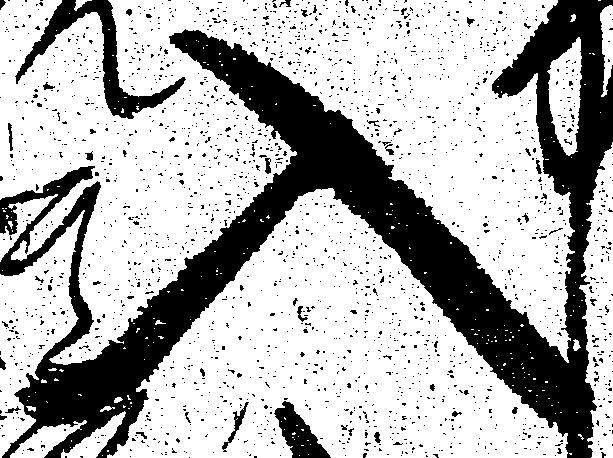
入